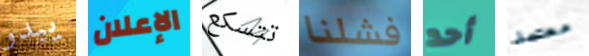
يبدو الإعلان تتسكع فشلنا أحد معتمد